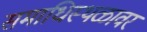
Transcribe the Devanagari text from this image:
समाधिस्थळावर